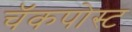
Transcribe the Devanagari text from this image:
चॅकपोस्ट